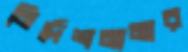
নির্দেশনামার